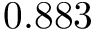
0 . 8 8 3